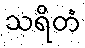
သရိတံ